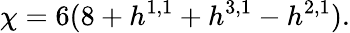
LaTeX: \chi=6(8+h^{1,1}+h^{3,1}-h^{2,1}).